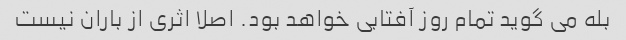
بله می گوید تمام روز آفتابی خواهد بود. اصلا اثری از باران نیست